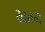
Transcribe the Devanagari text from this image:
खत्तम